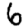
Digit: 6